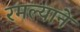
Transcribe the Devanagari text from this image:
रमल्याने